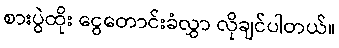
စားပွဲထိုး ငွေတောင်းခံလွှာ လိုချင်ပါတယ်။